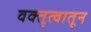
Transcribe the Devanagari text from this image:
वक्तृत्वातून